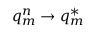
q _ { m } ^ { n } \rightarrow q _ { m } ^ { * }